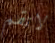
لاتقم